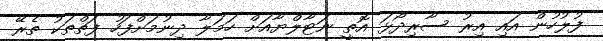
ފުލުހުން އައި އިރު ސާރިދޯޅަ އޮތީ ނަޓާލްޔާއަށް ހަމަލާ ދިނުމަށްފަހު ފަތްތަކު ތެރޭ